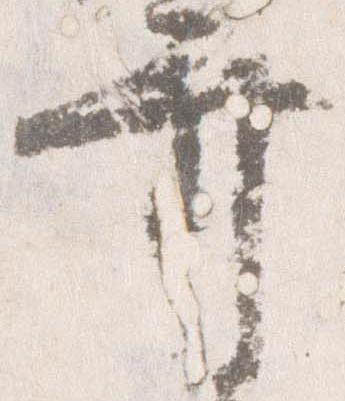
弁